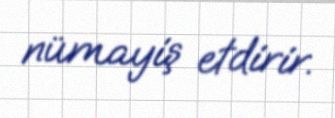
nümayiş etdirir.